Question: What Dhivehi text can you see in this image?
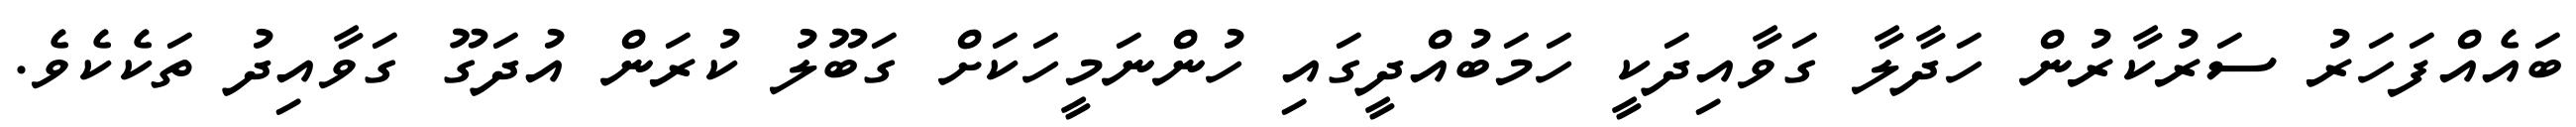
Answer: ބައެއްފަހަރު ސަރުކާރުން ހަދާލާ ގަވާއިދަކީ ހަމަބުއްދީގައި ހުންނަމީހަކަށް ގަބޫލު ކުރަން އުދަގޫ ގަވާއިދު ތަކެކެވެ.